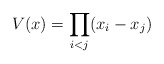
\begin{align*}V(x) = \prod_{i < j} (x_i-x_j)\end{align*}